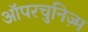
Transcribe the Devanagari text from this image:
ऑपरचुनिज़्म